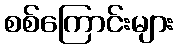
စစ်ကြောင်းများ